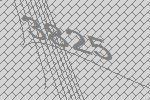
3825